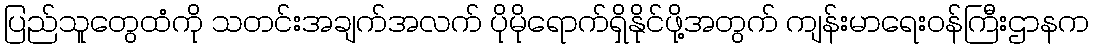
ပြည်သူတွေထံကို သတင်းအချက်အလက် ပိုမိုရောက်ရှိနိုင်ဖို့အတွက် ကျန်းမာရေးဝန်ကြီးဌာနက